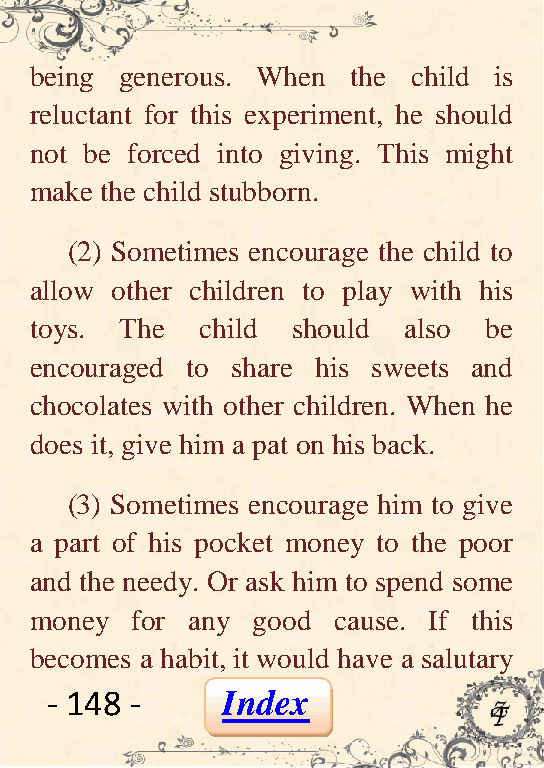
being generous. When the child is
 reluctant for this experiment, he should
 not be forced into giving. This might
 make the child stubborn.
 (2) Sometimes encourage the child to
 allow other children to play with his
 toys. The  child should  also be
 encouraged to share his sweets and
 chocolates with other children. When he
 does it, give him a pat on his back.
 (3) Sometimes encourage him to give
 a part of his pocket money to the poor
 and the needy. Or ask him to spend some
 money  for any good cause. If this
 becomes a habit, it would have a salutary
 - 148 -     Index